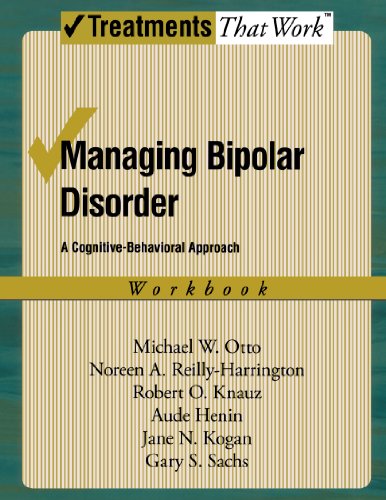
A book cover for Managing Bipolar Disorder: A Cognitive Behavior Treatment Program Workbook (Treatments That Work); Michael Otto; Health, Fitness & Dieting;